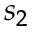
s _ { 2 }